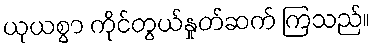
ယုယစွာ ကိုင်တွယ်နှုတ်ဆက် ကြသည်။